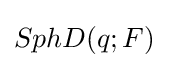
SphD(q;F)